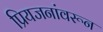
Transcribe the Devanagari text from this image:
प्रियजनांवरून